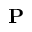
\mathbf { P }